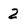
Character: 2